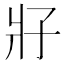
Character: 𰠗